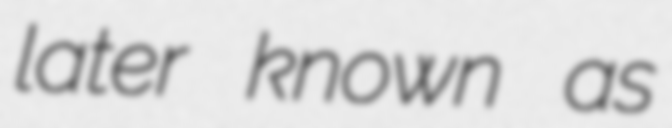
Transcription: later known as